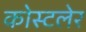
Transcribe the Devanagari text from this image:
कोस्टलेर